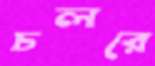
চলরে